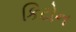
કિટોન